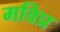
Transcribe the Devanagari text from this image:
मविप्र